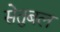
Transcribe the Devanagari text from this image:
सेतुबल